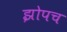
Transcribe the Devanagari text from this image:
झोपच